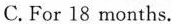
C.For 18 months.